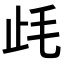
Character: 𣥡